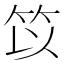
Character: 笖